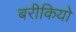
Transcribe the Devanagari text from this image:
बरीकियो